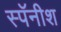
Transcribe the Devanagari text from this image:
स्पॅनीश